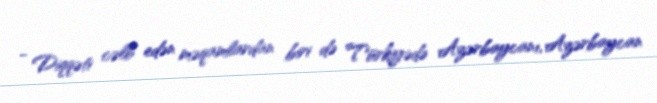
- Diqqəti cəlb edən məqamlardan biri də Türkiyədə Azərbaycanı, Azərbaycan